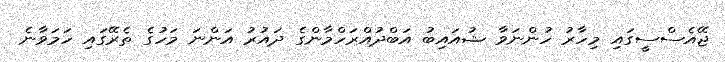
ޖޭއެސްސީގައި މިހާރު ހުންނަވާ ޝުއައިބު އަބްދުއްރަހްމާންގެ ދައުރު އަންނަ މަހުގެ ތެރޭގައި ހަމަވާނެ